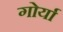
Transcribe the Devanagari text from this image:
गोर्या